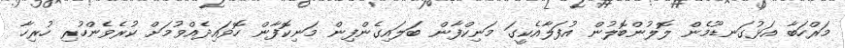
މަރްހަބާ އަޅުގަނޑޫމެން ލޮލުންބޮލުން އުފަލާއެކީގަ މަނިކްފާން ބަލައިގެންފިން މަނިކޮފާން ހޮވައިދެއްވުމަށް ކުރެވެންހުރި ހުރިހާ